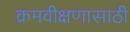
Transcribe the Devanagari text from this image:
क्रमवीक्षणासाठी